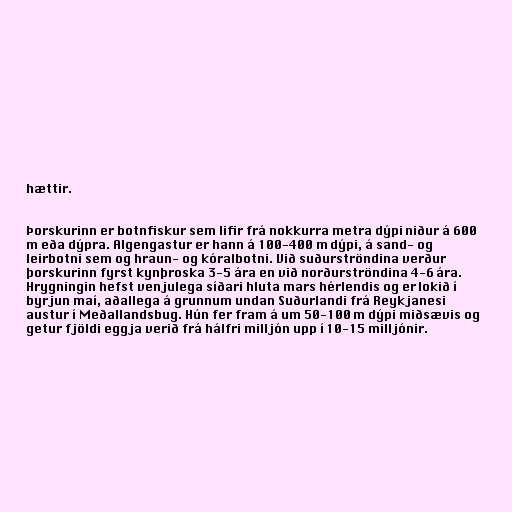
hættir.

Þorskurinn er botnfiskur sem lifir frá nokkurra metra dýpi niður á 600
m eða dýpra. Algengastur er hann á 100-400 m dýpi, á sand- og
leirbotni sem og hraun- og kóralbotni. Við suðurströndina verður
þorskurinn fyrst kynþroska 3-5 ára en við norðurströndina 4-6 ára.
Hrygningin hefst venjulega síðari hluta mars hérlendis og er lokið í
byrjun maí, aðallega á grunnum undan Suðurlandi frá Reykjanesi
austur í Meðallandsbug. Hún fer fram á um 50-100 m dýpi miðsævis og
getur fjöldi eggja verið frá hálfri milljón upp í 10-15 milljónir.